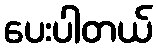
ပေးပါတယ်